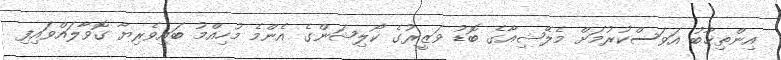
އިންތިޚާބު އަވަސްކުރުމަށް މެލޭޝިއާގެ ބޮޑު ވަޒީރުގެ ކޯލިޝަންގެ އެންމެ މުހިއްމު ބައިވެރިޔާ ގޮވާލައްވައިފި